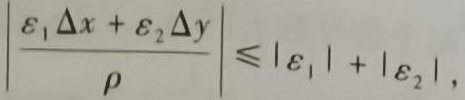
$\left|\frac{\varepsilon_{1} \Delta x+\varepsilon_{2} \Delta y}{\rho}\right| \leqslant\left|\varepsilon_{1}\right|+\left|\varepsilon_{2}\right|,$